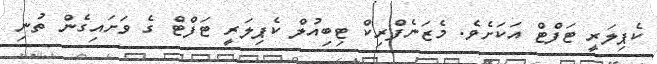
ކެޕިލަރީ ޓަފްޓް އަކަށެވެ. މެޒަނެފްރިކް ޓިބިއުލް ކެޕިލަރީ ޓަފްޓް ގެ ވަށައިގެން ތުނި